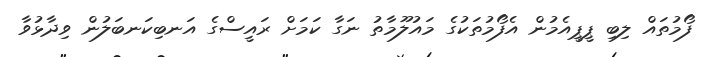
ފޯމުތައް ލިބި ޕީޕީއެމުން އެފޯމުތަކުގެ މައުލޫމާތު ނަގާ ކަމަށް ރައީސްގެ އަނބިކަނބަލުން ވިދާޅުވާ